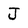
Character: J